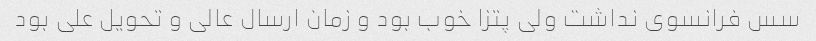
سس فرانسوی نداشت ولی پتزا خوب بود و زمان ارسال عالی و تحویل علی بود